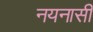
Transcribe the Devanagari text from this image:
नयनासी